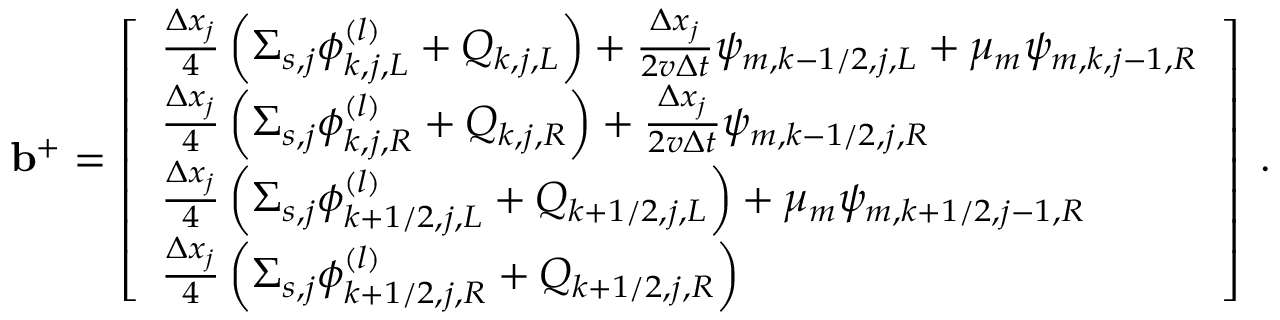
\mathbf { b } ^ { + } = \left[ \begin{array} { l } { \frac { \Delta x _ { j } } { 4 } \left( \Sigma _ { s , j } \phi _ { k , j , L } ^ { ( l ) } + Q _ { k , j , L } \right) + \frac { \Delta x _ { j } } { 2 v \Delta t } \psi _ { m , k - 1 / 2 , j , L } + \mu _ { m } \psi _ { m , k , j - 1 , R } } \\ { \frac { \Delta x _ { j } } { 4 } \left( \Sigma _ { s , j } \phi _ { k , j , R } ^ { ( l ) } + Q _ { k , j , R } \right) + \frac { \Delta x _ { j } } { 2 v \Delta t } \psi _ { m , k - 1 / 2 , j , R } } \\ { \frac { \Delta x _ { j } } { 4 } \left( \Sigma _ { s , j } \phi _ { k + 1 / 2 , j , L } ^ { ( l ) } + Q _ { k + 1 / 2 , j , L } \right) + \mu _ { m } \psi _ { m , k + 1 / 2 , j - 1 , R } } \\ { \frac { \Delta x _ { j } } { 4 } \left( \Sigma _ { s , j } \phi _ { k + 1 / 2 , j , R } ^ { ( l ) } + Q _ { k + 1 / 2 , j , R } \right) } \end{array} \right] \; .